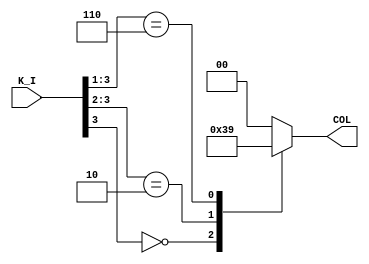
//-----------------------------------------------------------------------------
//University: OIT - CSET
//Class: CST 231
//Lab:Lab 5
//Project: keypad controller
//
//Dependancies: none
//-----------------------------------------------------------------------------
// inverted priority decoder.
//-----------------------------------------------------------------------------

module KP_Read(
	input		[3:0]	K_I,
	output	reg	[1:0]	COL
);
always@(K_I)
begin
	casex(K_I)
		4'b0XXX:COL = 3;
		4'b10XX:COL = 2;
		4'b110X:COL = 1;
		default:COL = 0;
		//we don't really care about an all 1 case because
		//we don't look at this until ena goes high(meaning &K_I was low)
	endcase
end

endmodule